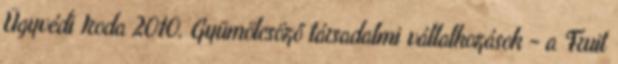
Ügyvédi Iroda 2010. Gyümölcsöző társadalmi vállalkozások - a Fruit